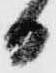
日